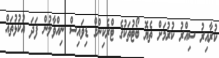
ކުރާއިރު ސިއްރު ކުރުމަށް ތެޔޮ ބޯޓުތަކުގެ ޓްރެކިންގް ޑިވައިސް ނިއްވާލުން ފަދަ އުކުޅުތައް